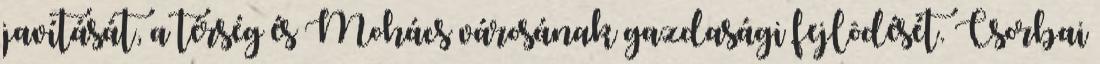
javítását, a térség és Mohács városának gazdasági fejlôdését. Csorbai